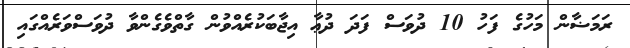
ރަމަޟާން މަހުގެ ފަހު 10 ދުވަސް ފަދަ ދުޢާ އިޖާބަކުރެއްވުން ގާތްވެގެންވާ ދުވަސްވަރެއްގައި